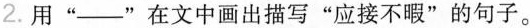
2. 用”___”在文中画出描写”应接不暇”的句子。